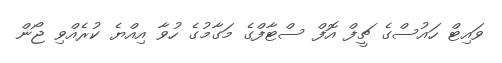
ވައިޓް ހައުސްގެ ޗީފް އޮފް ސްޓާފްގެ މަގާމުގެ ހުވާ އިއްޔެ ކުރެއްވި ޖޯން